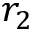
r _ { 2 }